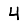
Digit: 4